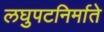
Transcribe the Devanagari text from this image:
लघुपटनिर्माते